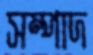
সম্পাদ